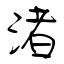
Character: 渚